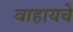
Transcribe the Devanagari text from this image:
वाहायचे